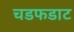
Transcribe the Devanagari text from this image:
चडफडाट